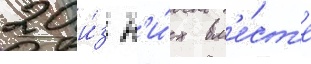
20 и́з н'и́х вм'е́ст'е